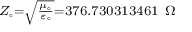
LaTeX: \scriptstyle { Z _ { \circ } = { \sqrt { \frac { \mu _ { \circ } } { \varepsilon _ { \circ } } } } = 3 7 6 . 7 3 0 3 1 3 4 6 1 \ \Omega }